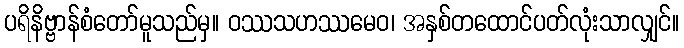
ပရိနိဗ္ဗာန်စံတော်မူသည်မှ။ ဝဿသဟဿမေဝ၊ အနှစ်တထောင်ပတ်လုံးသာလျှင်။